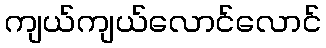
ကျယ်ကျယ်လောင်လောင်